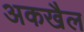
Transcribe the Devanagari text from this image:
अकखैल